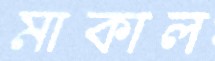
মাকাল